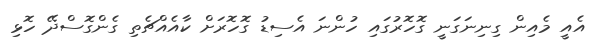
އެއީ މެއިން ގިނިނަގަނީ ގޮހޮރުގައި ހުންނަ އެސިޑު ގޮހޮރަށް ކާއެއްޗެތި ގެންގޮސްދޭ ހޮޅި